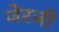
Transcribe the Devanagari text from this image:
जेरजी